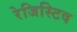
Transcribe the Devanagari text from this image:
रेजिस्टिव